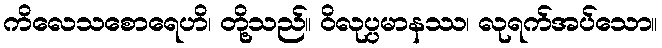
ကိလေသစောရေဟိ၊ တို့သည်။ ဝိလုပ္ပမာနဿ၊ လုရက်အပ်သော။